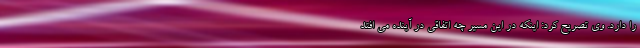
را دارد. وی تصریح کرد: اینکه در این مسیر چه اتفاقی در آینده می افتد